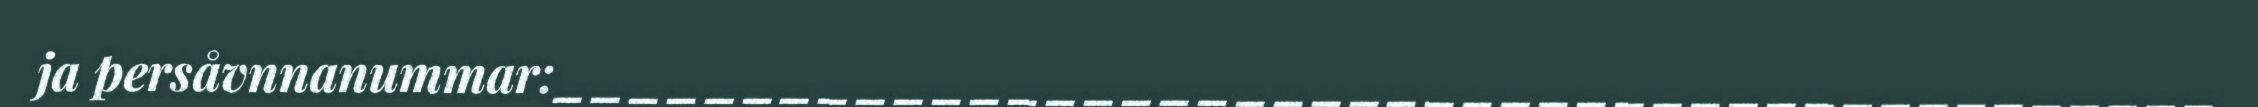
ja persåvnnanummar:____________________________________________